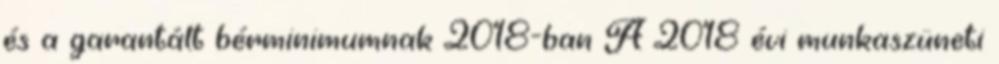
és a garantált bérminimumnak 2018-ban A 2018 évi munkaszüneti